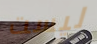
ليست